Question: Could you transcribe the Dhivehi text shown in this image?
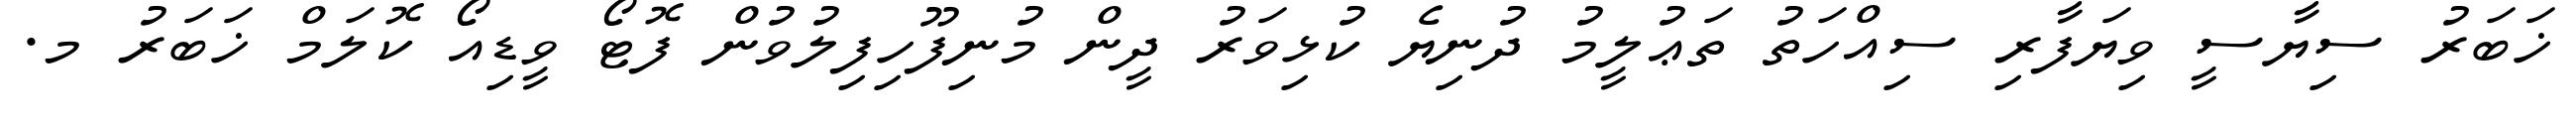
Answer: ޚަބަރު ސިޔާސީ ވިޔަފާރި ސިއްހަތު ތަޢުލީމު ދުނިޔެ ކުޅިވަރު ދީން މުނިފޫހިފިލުވުން ފޮޓޯ ވީޑިއޯ ކޮލަމް ޚަބަރު މ.